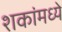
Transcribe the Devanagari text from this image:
शकांमध्ये